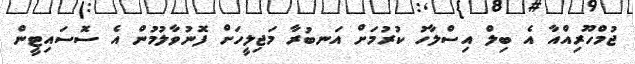
ޖުމްހޫރިއްއާ އެ ބިލް އިސްލާހު ކުރުމަށް އަނބުރާ މަޖިލީހަށް ފޮނުވާލުމުން އެ ސޮސައިޓީން